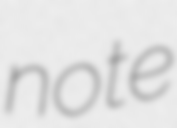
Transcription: note